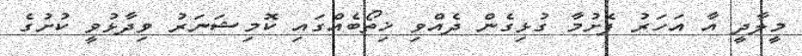
މީލާދީ އާ އަހަރު ފެށުމާ ގުޅިގެން ދެއްވި ޚިތޯބެއްގައި ކޮމިޝަނަރު ވިދާޅުވީ ކުށުގެ